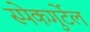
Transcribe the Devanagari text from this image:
स्पेकगुर्टेल